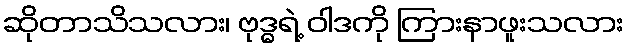
ဆိုတာသိသလား၊ ဗုဒ္ဓရဲ့ ဝါဒကို ကြားနာဖူးသလား